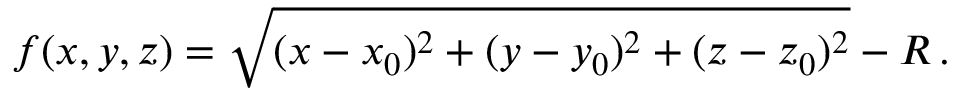
f ( x , y , z ) = \sqrt { ( x - x _ { 0 } ) ^ { 2 } + ( y - y _ { 0 } ) ^ { 2 } + ( z - z _ { 0 } ) ^ { 2 } } - R \, .